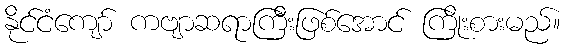
နိုင်ငံကျော် ကဗျာဆရာကြီးဖြစ်အောင် ကြိုးစားမည်။